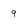
Character: 9